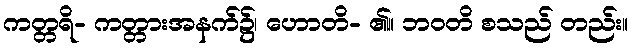
ကတ္တရိ- ကတ္တားအနက်၌၊ ဟောတိ- ၏။ ဘဝတိ စသည် တည်း။